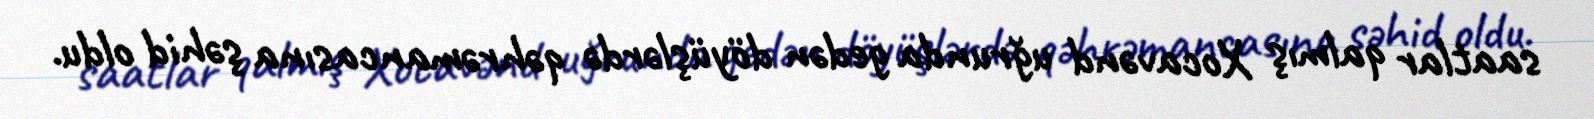
saatlar qalmış Xocavənd uğrunda gedən döyüşlərdə qəhrəmancasına şəhid oldu.